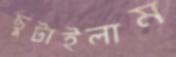
ছুটাইলাম